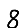
Digit: 8